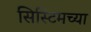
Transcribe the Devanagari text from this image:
सिस्टिमच्या